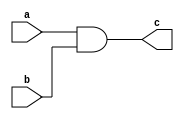
`timescale 1ns / 1ps
//////////////////////////////////////////////////////////////////////////////////
// Company: 
// Engineer: 
// 
// Design Name: 
// Module Name: and1
// Project Name: 
// Target Devices: 
// Tool Versions: 
// Description: 
// 
// Dependencies: 
// 
// Revision:
// Revision 0.01 - File Created
// Additional Comments:
// 
//////////////////////////////////////////////////////////////////////////////////


module and1(
    input a,
    input b,
    output c
    );
    assign c= a&b;
endmodule